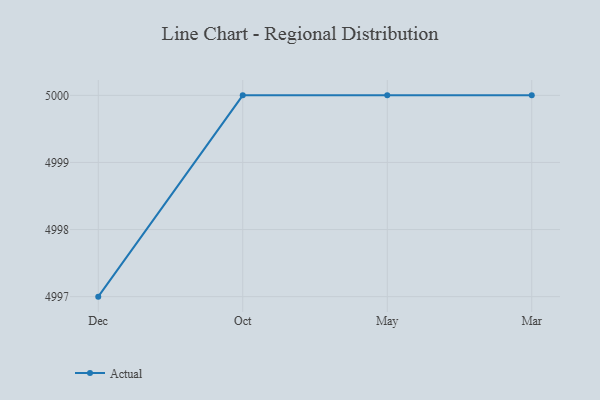
{"axis": {"x": "Month", "y": "Active Users"}, "legend": ["Actual"], "data": [{"x": "Dec", "y": 4997.0, "type": "Actual"}, {"x": "Oct", "y": 5000, "type": "Actual"}, {"x": "May", "y": 5000, "type": "Actual"}, {"x": "Mar", "y": 5000, "type": "Actual"}]}